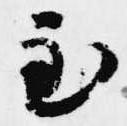
至